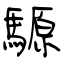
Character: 騵